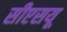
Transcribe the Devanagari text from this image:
सीएसयू